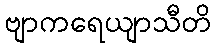
ဗျာကရေယျာသီတိ